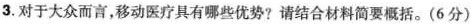
3.对于大众而言，移动医疗具有哪些优势?请结合材料简要概括。(6分)